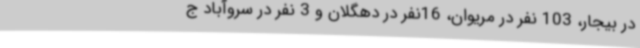
در بیجار، 103 نفر در مریوان، 16نفر در دهگلان و 3 نفر در سروآباد ج